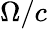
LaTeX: \Omega/c